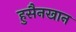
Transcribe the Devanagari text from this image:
हुसैनखान